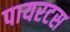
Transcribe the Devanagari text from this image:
पायरटस